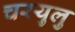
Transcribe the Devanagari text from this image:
चरयुलु